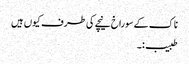
ناک کے سوراخ نیچے کی طرف کیوں ہیں
طبیب:۔